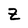
Character: Z